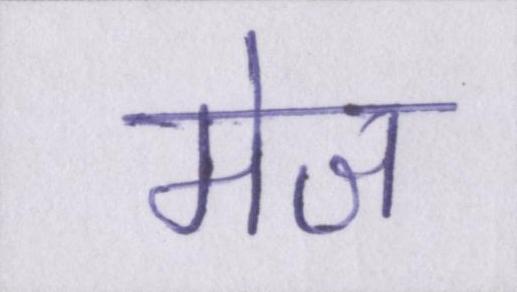
मेज